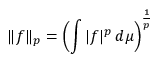
\| f \| _ { p } = \left( \int | f | ^ { p } \, d \mu \right) ^ { \frac { 1 } { p } }